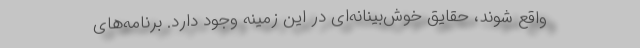
واقع شوند، حقایق خوش‌بینانه‌ای در این زمینه وجود دارد. برنامه‌های